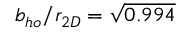
b _ { h o } / r _ { 2 D } = \sqrt { 0 . 9 9 4 }